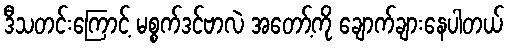
ဒီသတင်းကြောင့် မစ္စက်ဒင်ဗာလဲ အတော့်ကို ချောက်ချားနေပါတယ်